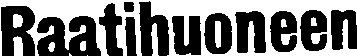
Raatihuoneen